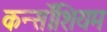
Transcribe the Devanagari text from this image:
कर्न्सोशियम